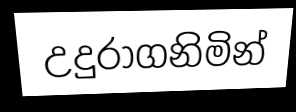
උදුරාගනිමින්